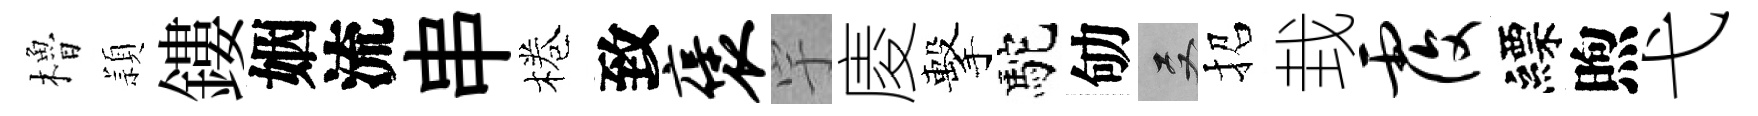
櫓頴鏤姻流串棬致褒宇庱擊駝劬双招㘽覆縹煦弋